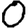
Digit: 0